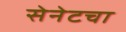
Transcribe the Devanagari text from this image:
सेनेटचा